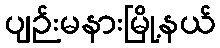
ပျဉ်းမနားမြို့နယ်